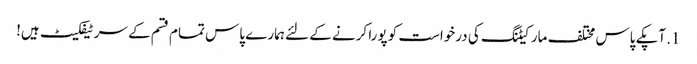
1. آپکے پاس مختلف مارکیٹنگ کی درخواست کو پورا کرنے کے لئے ہمارے پاس تمام قسم کے سرٹیفکیٹ ہیں!